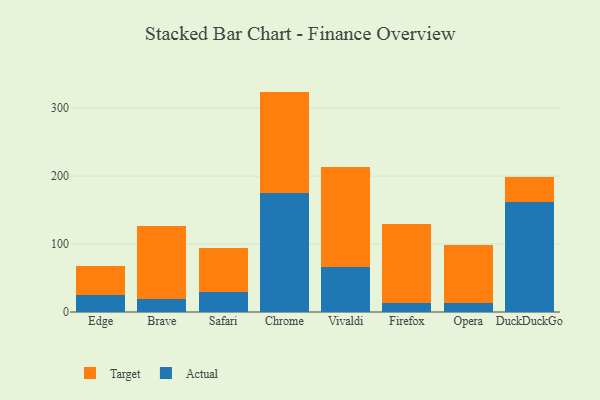
{"axis": {"x": "Browser", "y": "Market Share (%)"}, "legend": ["Actual", "Target"], "data": [{"x": "Edge", "y": 25.2, "type": "Actual"}, {"x": "Edge", "y": 42.9, "type": "Target"}, {"x": "Brave", "y": 18.5, "type": "Actual"}, {"x": "Brave", "y": 108.3, "type": "Target"}, {"x": "Safari", "y": 29.4, "type": "Actual"}, {"x": "Safari", "y": 64.8, "type": "Target"}, {"x": "Chrome", "y": 174.5, "type": "Actual"}, {"x": "Chrome", "y": 149.9, "type": "Target"}, {"x": "Vivaldi", "y": 66.2, "type": "Actual"}, {"x": "Vivaldi", "y": 146.6, "type": "Target"}, {"x": "Firefox", "y": 12.8, "type": "Actual"}, {"x": "Firefox", "y": 116.5, "type": "Target"}, {"x": "Opera", "y": 13.9, "type": "Actual"}, {"x": "Opera", "y": 84.3, "type": "Target"}, {"x": "DuckDuckGo", "y": 162.3, "type": "Actual"}, {"x": "DuckDuckGo", "y": 35.9, "type": "Target"}]}